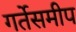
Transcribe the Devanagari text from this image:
गर्तेसमीप